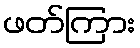
ဖတ်ကြား